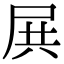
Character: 𡱒